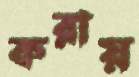
করায়